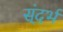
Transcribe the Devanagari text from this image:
स्ंदर्भ